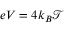
e V = 4 k _ { B } \mathcal { T }